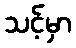
သင့်မှာ